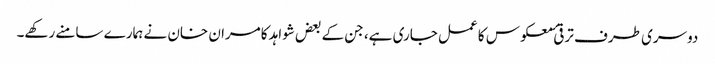
دوسری طرف ترقیٔ معکوس کا عمل جاری ہے، جن کے بعض شواہد کامران خان نے ہمارے سامنے رکھے۔